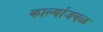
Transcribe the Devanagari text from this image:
कार्ल्याजवळ